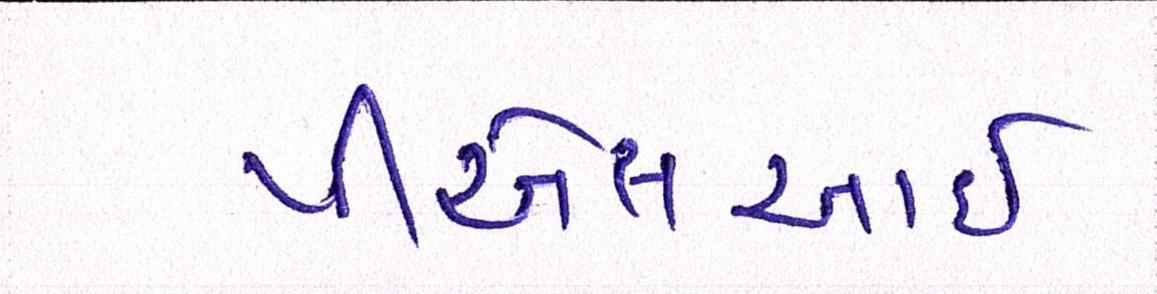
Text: પીએસઆઈ